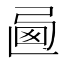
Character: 𢏩